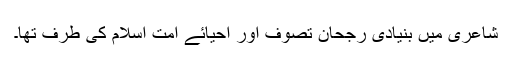
شاعری میں بنیادی رجحان تصوف اور احیائے امت اسلام کی طرف تھا۔